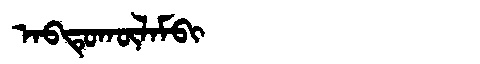
Manchu: ᠠᠪᡨᡠᡴᡡᠯᠠᠮᠪᡳ
Romanization: ABTUKŪLAMBI